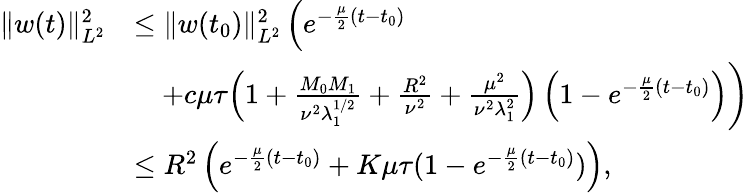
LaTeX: \begin{array}{rl}{\| w(t)\| _{L^{2}}^{2}}&{\leq\| w(t_{0})\| _{L^{2}}^{2}\left(e^{-\frac{\mu}{2}(t-t_{0})}\right.}\\ &{\quad\left.+c\mu\tau\Big(1+\frac{M_{0}M_{1}}{\nu^{2}\lambda_{1}^{1/2}}+\frac{R^{2}}{\nu^{2}}+\frac{\mu^{2}}{\nu^{2}\lambda_{1}^{2}}\Big)\left(1-e^{-\frac{\mu}{2}(t-t_{0})}\right)\right)}\\ &{\leq R^{2}\left(e^{-\frac{\mu}{2}(t-t_{0})}+K\mu\tau(1-e^{-\frac{\mu}{2}(t-t_{0})})\right),}\end{array}